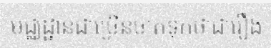
មជ្ឈដ្ឋានជាច្រើនចាត់ទុកថាជារឿង